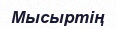
Мысыртің